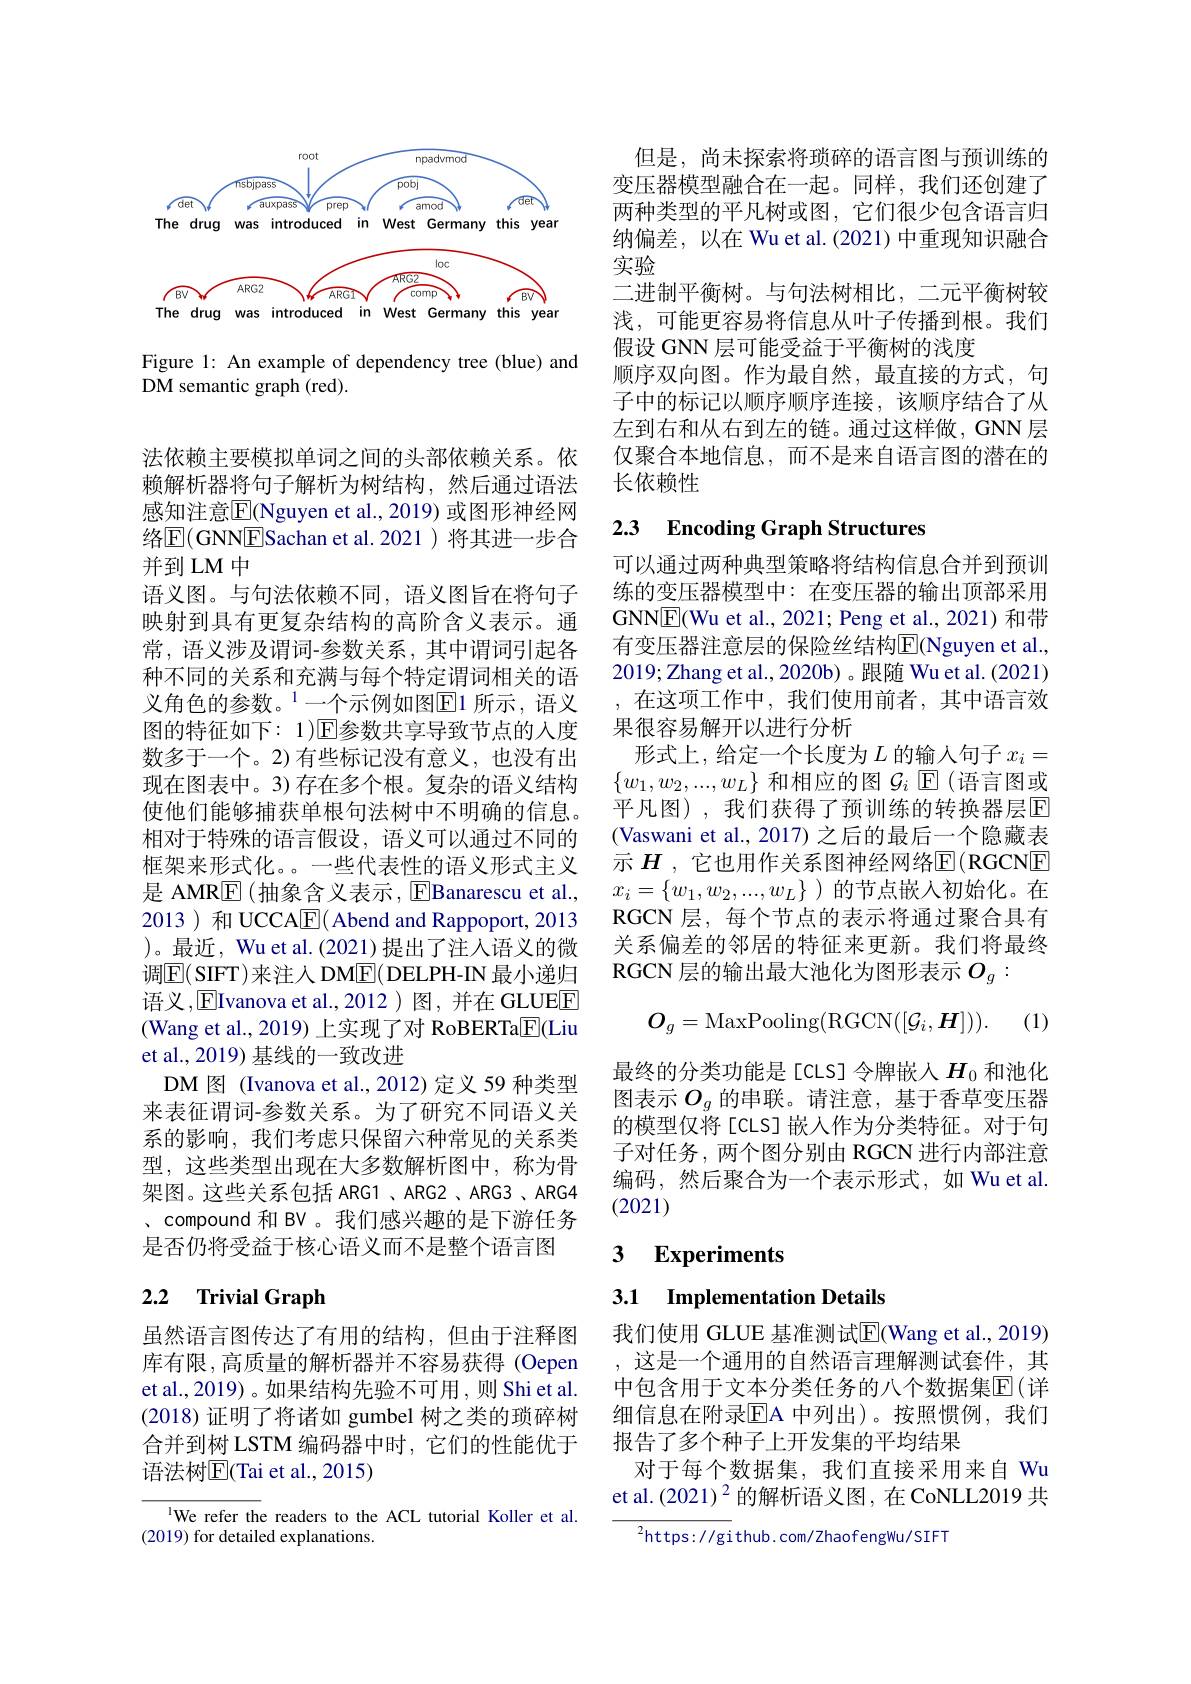
<FigureHere>

Figure 1: An example of dependency tree (blue) and
DM semantic graph (red).

法依赖主要模拟单词之间的头部依赖关系。依赖解析器将句子解析为树结构，然后通过语法感知注意$\overline{\mathrm{E}}$(Nguyen et al., 2019) 或图形神经网络$\overline{\mathrm{E}}($GNNESachan et al. 2021 )将其进一步合并到 LM 中
语义图。与句法依赖不同，语义图旨在将句子映射到具有更复杂结构的高阶含义表示。通常，语义涉及谓词-参数关系，其中谓词引起各种不同的关系和充满与每个特定谓词相关的语义角色的参数。$^{1}$一个示例如图E1 所示，语义图的特征如下：1)$\mathbb{E}$参数共享导致节点的人度数多于一个。2)有些标记没有意义，也没有出现在图表中。3)存在多个根。复杂的语义结构使他们能够捕获单根句法树中不明确的信息。相对于特殊的语言假设，语义可以通过不同的框架来形式化。一些代表性的语义形式主义是 AMRE (抽象含义表示，EBanarescu et al., 2013 ) 和 UCCAE( Abend and Rappoport, 2013 )。最近，Wu et al. (2021) 提出了注人语义的微调$\boxed{\mathrm{E}}($SIFT)来注人 DM$\boxed{\mathrm{E}}($DELPH-IN 最小递归语义，EIvanova et al.,2012)图，并在 GLUEE (Wang et al., 2019) 上实现了对 RoBERTa$\underline{\mathrm{E}}($Liu et al., 2019) 基线的一致改进
DM 图 (Ivanova et al., 2012) 定义 59 种类型来表征谓词-参数关系。为了研究不同语义关系的影响，我们考虑只保留六种常见的关系类型，这些类型出现在大多数解析图中，称为骨架图。这些关系包括 ARG1、ARG2、ARG3、ARG4 、compound 和 BV 。我们感兴趣的是下游任务是否仍将受益于核心语义而不是整个语言图

# 2.2 Trivial Graph

虽然语言图传达了有用的结构，但由于注释图库有限，高质量的解析器并不容易获得 (Oepen et al.,2019) 。如果结构先验不可用 ,则 Shi et al (2018)证明了将诸如 gumbel 树之类的琐碎树合并到树 LSTM 编码器中时，它们的性能优于语法树$\boxed{\mathrm{E}}($Tai et al., 2015)

lWe refer the readers to the ACL tutorial Koller et al.
(2019) for detailed explanations.

但是，尚未探索将琐碎的语言图与预训练的变压器模型融合在一起。同样，我们还创建了两种类型的平凡树或图，它们很少包含语言归纳偏差，以在 Wu et al.(2021)中重现知识融合实验
二进制平衡树。与句法树相比，二元平衡树较浅，可能更容易将信息从叶子传播到根。我们假设 GNN 层可能受益于平衡树的浅度
顺序双向图。作为最自然，最直接的方式，句子中的标记以顺序顺序连接，该顺序结合了从左到右和从右到左的链。通过这样做，GNN 层仅聚合本地信息，而不是来自语言图的潜在的长依赖性

# 2.3 Encoding Graph Structures

可以通过两种典型策略将结构信息合并到预训练的变压器模型中：在变压器的输出顶部采用GNNE(Wu et al., 2021; Peng et al., 2021) 和带有变压器注意层的保险丝结构$\overline{\mathrm{E}}($Nguyen et al., 2019;Zhang et al., 2020b)。跟随 Wu et al.(2021) ,在这项工作中，我们使用前者，其中语言效果很容易解开以进行分析
形式上，给定一个长度为$L$ 的输入句子 $x_i=$ $\{w_1,w_2,...,w_L\}$ 和相应的图 $\mathcal{G}_i$ $\mathbb{E}($语言图或平凡图),我们获得了预训练的转换器层$\overline{\mathrm{E}}$ (Vaswani et al., 2017) 之后的最后一个隐藏表示 $H$ ,它也用作关系图神经网络$\mathbb{E}($RGCNE $x_i=\{w_1,w_2,...,w_L\}$ )的节点嵌入初始化。在RGCN 层，每个节点的表示将通过聚合具有关系偏差的邻居的特征来更新。我们将最终RGCN 层的输出最大池化为图形表示$O_g:$
$$O_g=\mathrm{MaxPooling}(\mathrm{RGCN}([\mathcal{G}_i,\boldsymbol{H}])).$$
(1)

最终的分类功能是[cLS]令牌嵌入$H_{0}$ 和池化图表示$O_g$的串联。请注意，基于香草变压器的模型仅将[CLS]嵌人作为分类特征。对于句子对任务，两个图分别由 RGCN 进行内部注意编码，然后聚合为一个表示形式，如 Wu et al. (2021)

## 3 $\textbf{Experiments}$

3.1 Implementation Details

我们使用 GLUE 基准测试$\overline{\mathrm{E}}$(Wang et al., 2019) ,这是一个通用的自然语言理解测试套件，其中包含用于文本分类任务的八个数据集$\mathbb{E}($详细信息在附录$\overline{\mathrm{EA}}$ 中列出)。按照惯例，我们报告了多个种子上开发集的平均结果
对于每个数据集，我们直接采用来自 Wu et al.(2021)$^2$的解析语义图，在CoNLL2019 共

$^{2}$https://github.com/ZhaofengWu/SIFT